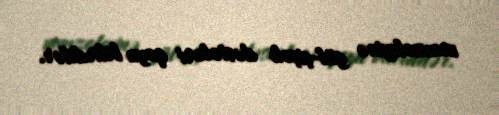
mavzoleyinə gül-çiçək dəstələri qoya bilirdilər.